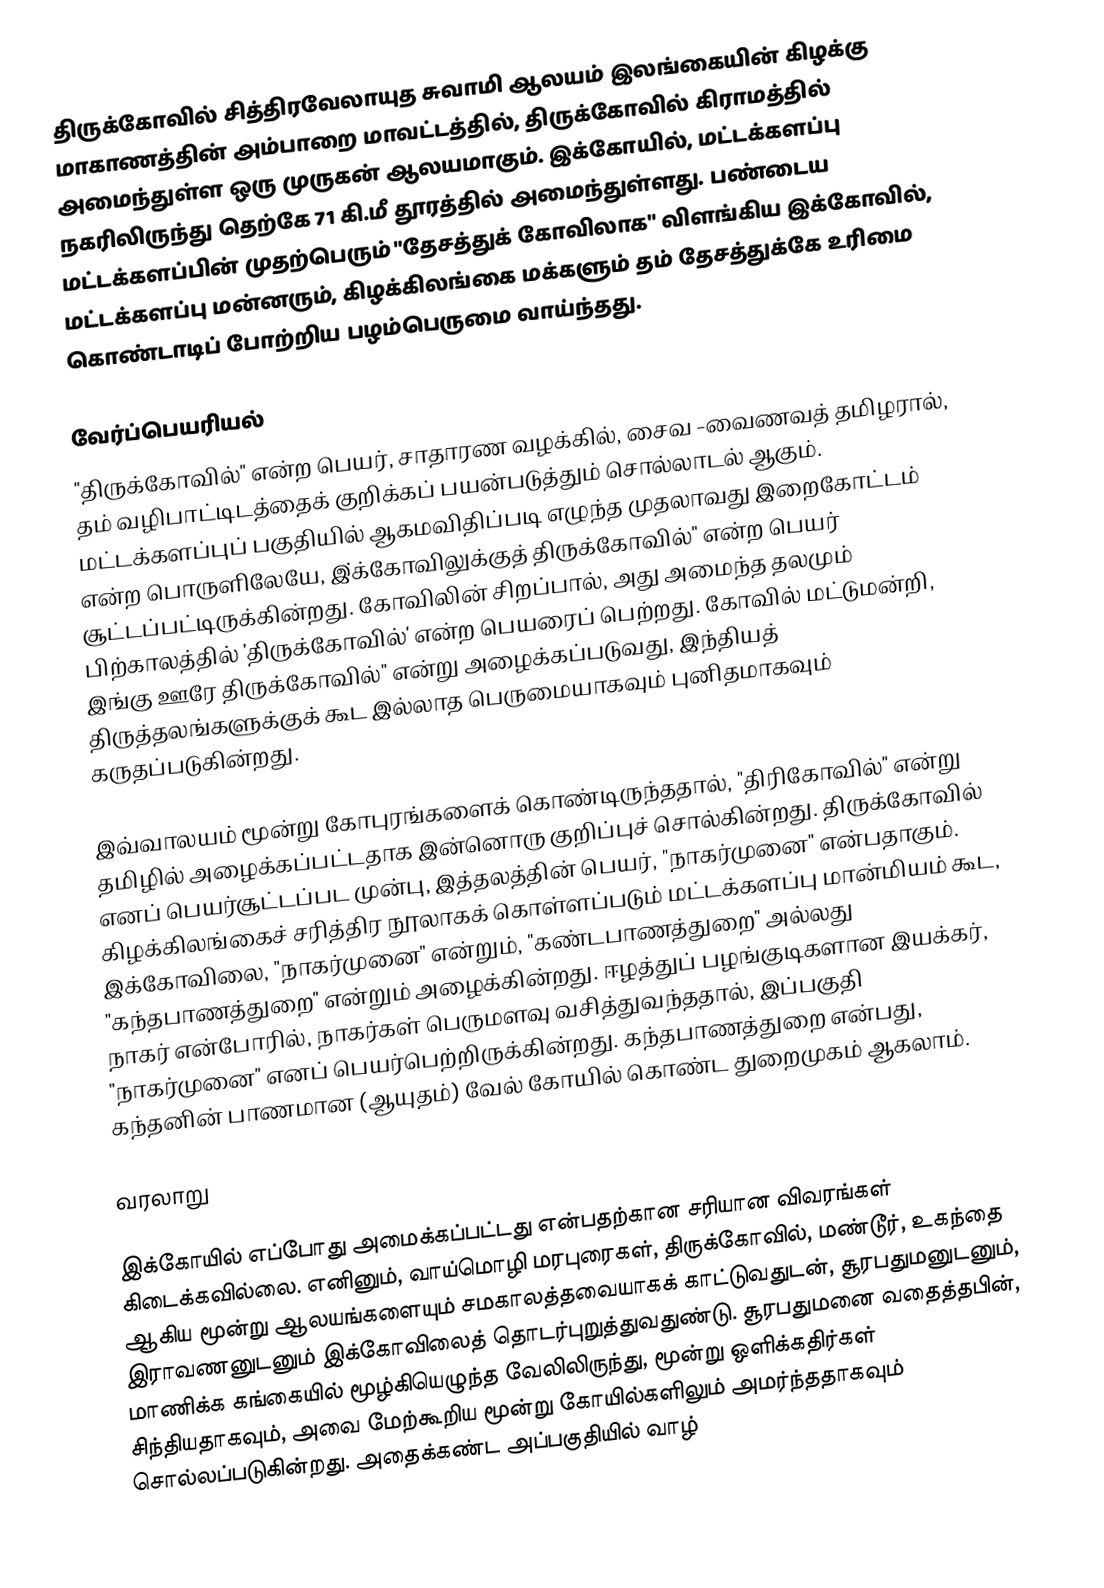
திருக்கோவில் சித்திரவேலாயுத சுவாமி ஆலயம் இலங்கையின் கிழக்கு மாகாணத்தின் அம்பாறை மாவட்டத்தில், திருக்கோவில் கிராமத்தில் அமைந்துள்ள ஒரு முருகன் ஆலயமாகும். இக்கோயில், மட்டக்களப்பு நகரிலிருந்து  தெற்கே 71 கி.மீ தூரத்தில் அமைந்துள்ளது. பண்டைய மட்டக்களப்பின்  முதற்பெரும் "தேசத்துக் கோவிலாக" விளங்கிய இக்கோவில்,  மட்டக்களப்பு மன்னரும், கிழக்கிலங்கை மக்களும் தம் தேசத்துக்கே உரிமை கொண்டாடிப் போற்றிய பழம்பெருமை  வாய்ந்தது.

வேர்ப்பெயரியல்
"திருக்கோவில்" என்ற பெயர், சாதாரண வழக்கில், சைவ -வைணவத் தமிழரால், தம் வழிபாட்டிடத்தைக் குறிக்கப் பயன்படுத்தும் சொல்லாடல் ஆகும். மட்டக்களப்புப் பகுதியில் ஆகமவிதிப்படி எழுந்த முதலாவது இறைகோட்டம் என்ற பொருளிலேயே, இ்க்கோவிலுக்குத் திருக்கோவில்" என்ற பெயர் சூட்டப்பட்டிருக்கின்றது. கோவிலின் சிறப்பால், அது அமைந்த தலமும் பிற்காலத்தில் 'திருக்கோவில்' என்ற பெயரைப் பெற்றது. கோவில் மட்டுமன்றி, இங்கு ஊரே திருக்கோவில்" என்று அழைக்கப்படுவது, இந்தியத் திருத்தலங்களுக்குக் கூட இல்லாத பெருமையாகவும் புனிதமாகவும் கருதப்படுகின்றது.

இவ்வாலயம் மூன்று கோபுரங்களைக் கொண்டிருந்ததால், "திரிகோவில்" என்று தமிழில் அழைக்கப்பட்டதாக இன்னொரு குறிப்புச் சொல்கின்றது. திருக்கோவில் எனப் பெயர்சூட்டப்பட முன்பு, இத்தலத்தின் பெயர், "நாகர்முனை" என்பதாகும். கிழக்கிலங்கைச் சரித்திர நூலாகக் கொள்ளப்படும் மட்டக்களப்பு மான்மியம் கூட, இக்கோவிலை, "நாகர்முனை" என்றும், "கண்டபாணத்துறை" அல்லது "கந்தபாணத்துறை" என்றும் அழைக்கின்றது. ஈழத்துப் பழங்குடிகளான இயக்கர், நாகர் என்போரில், நாகர்கள் பெருமளவு வசித்துவந்ததால், இப்பகுதி "நாகர்முனை" எனப் பெயர்பெற்றிருக்கின்றது. கந்தபாணத்துறை என்பது, கந்தனின் பாணமான (ஆயுதம்) வேல் கோயில் கொண்ட துறைமுகம் ஆகலாம்.

வரலாறு

இக்கோயில் எப்போது அமைக்கப்பட்டது என்பதற்கான சரியான விவரங்கள் கிடைக்கவில்லை. எனினும், வாய்மொழி மரபுரைகள், திருக்கோவில், மண்டூர், உகந்தை ஆகிய மூன்று ஆலயங்களையும் சமகாலத்தவையாகக் காட்டுவதுடன், சூரபதுமனுடனும், இராவணனுடனும் இக்கோவிலைத் தொடர்புறுத்துவதுண்டு. சூரபதுமனை வதைத்தபின், மாணிக்க கங்கையில் மூழ்கியெழுந்த வேலிலிருந்து, மூன்று ஒளிக்கதிர்கள் சிந்தியதாகவும், அவை மேற்கூறிய மூன்று கோயில்களிலும் அமர்ந்ததாகவும் சொல்லப்படுகின்றது. அதைக்கண்ட அப்பகுதியில் வாழ்